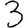
Digit: 3